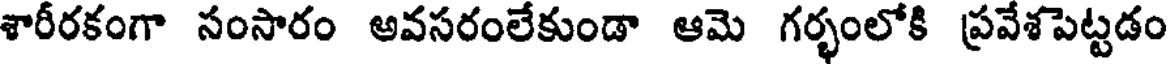
శారీరకంగా సంసారం అవసరంలేకుండా ఆమె గర్భంలోకి ప్రవేశపెట్టడం